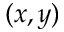
( x , y )